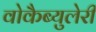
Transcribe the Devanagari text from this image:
वोकैब्युलेरी